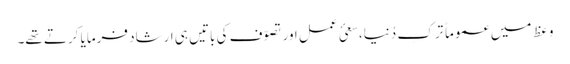
وعظ میں عموماً ترکِ دُنیا،سعئ عمل اور تصوّف کی باتیں ہی ارشاد فرمایا کرتے تھے۔